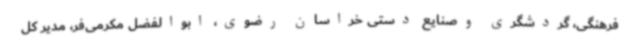
فرهنگی، گردشگری وصنایع دستی خراسان رضوی، ابوالفضل مکرمی‌فر، مدیر کل